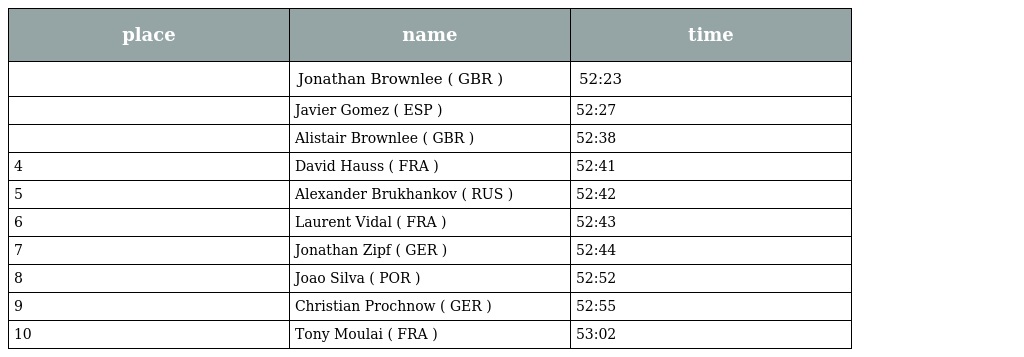
| place | name | time |
 | --- | --- | --- |
 |  | Jonathan Brownlee ( GBR ) | 52:23 |
 |  | Javier Gomez ( ESP ) | 52:27 |
 |  | Alistair Brownlee ( GBR ) | 52:38 |
 | 4 | David Hauss ( FRA ) | 52:41 |
 | 5 | Alexander Brukhankov ( RUS ) | 52:42 |
 | 6 | Laurent Vidal ( FRA ) | 52:43 |
 | 7 | Jonathan Zipf ( GER ) | 52:44 |
 | 8 | Joao Silva ( POR ) | 52:52 |
 | 9 | Christian Prochnow ( GER ) | 52:55 |
 | 10 | Tony Moulai ( FRA ) | 53:02 |